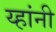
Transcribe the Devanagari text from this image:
य्हांनी